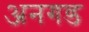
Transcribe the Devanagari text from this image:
अनगड